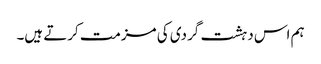
ہم اس دہشت گردی کی مزمت کرتے ہیں۔